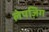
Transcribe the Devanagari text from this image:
लेपज़िग